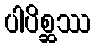
ပါပိစ္ဆဿ